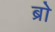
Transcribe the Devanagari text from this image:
ब्राे